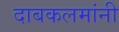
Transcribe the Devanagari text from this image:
दाबकलमांनी